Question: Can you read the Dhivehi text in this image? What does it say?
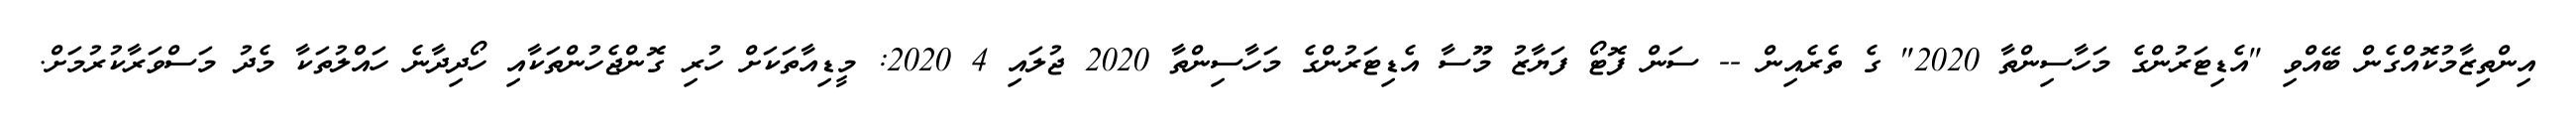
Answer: އިންތިޒާމުކޮއްގެން ބޭއްވި "އެޑިޓަރުންގެ މަހާސިންތާ 2020" ގެ ތެރެއިން -- ސަން ފޮޓޯ ފަޔާޒު މޫސާ އެޑިޓަރުންގެ މަހާސިންތާ 2020 ޖުލައި 4 2020: މީޑިއާތަކަށް ހުރި ގޮންޖެހުންތަކާއި ހޯދިދާނެ ހައްލުތަކާ މެދު މަސްވަރާކުރުމަށް.